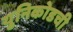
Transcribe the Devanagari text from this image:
युनिकोडची